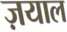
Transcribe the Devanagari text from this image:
ज़याल